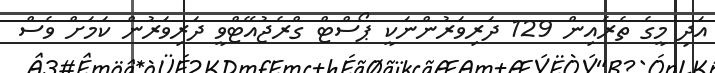
އަދި މީގެ ތެރެއިން 129 ދަރިވަރުންނަކީ ޕޯސްޓް ގްރެޖުއޭޓްވީ ދަރިވަރުން ކަމަށް ވެސް